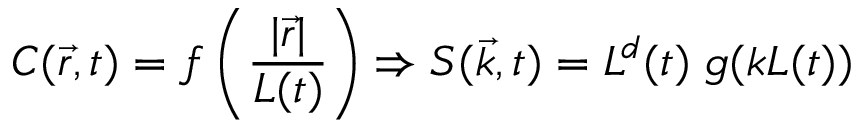
C ( \vec { r } , t ) = f \left( \frac { | \vec { r } | } { L ( t ) } \right) \Rightarrow S ( \vec { k } , t ) = L ^ { d } ( t ) \; g ( k L ( t ) )